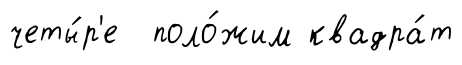
четы́р'е поло́жим квадра́т